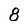
Character: 8